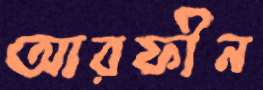
আরফীন